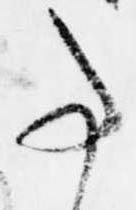
事